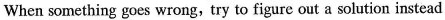
When something goes wrong,try to figure out a solution instead